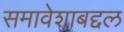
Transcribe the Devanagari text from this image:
समावेशाबद्दल